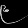
Digit: ၉